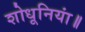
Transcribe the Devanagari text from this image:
शोधूनियां॥